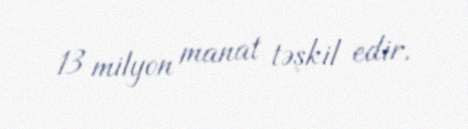
13 milyon manat təşkil edir.